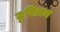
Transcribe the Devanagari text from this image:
टुरिज़म